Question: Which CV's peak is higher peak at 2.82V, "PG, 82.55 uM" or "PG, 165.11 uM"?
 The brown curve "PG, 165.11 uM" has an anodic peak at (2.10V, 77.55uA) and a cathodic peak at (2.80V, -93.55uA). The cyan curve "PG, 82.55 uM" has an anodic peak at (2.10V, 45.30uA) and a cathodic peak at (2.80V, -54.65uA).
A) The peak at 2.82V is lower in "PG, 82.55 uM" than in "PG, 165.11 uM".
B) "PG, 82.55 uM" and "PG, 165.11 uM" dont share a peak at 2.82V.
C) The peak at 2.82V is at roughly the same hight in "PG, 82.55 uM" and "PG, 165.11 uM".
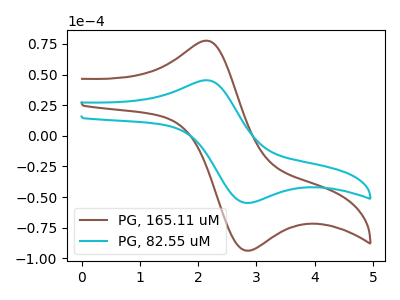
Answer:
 <answer>A) The peak at 2.82V is lower in "PG, 82.55 uM" than in "PG, 165.11 uM".</answer>
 <eval>A</eval>